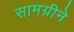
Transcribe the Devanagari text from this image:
सामग्रीने